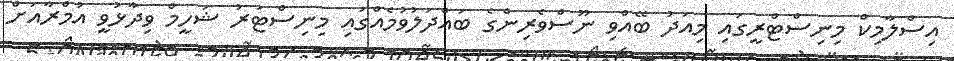
އިސްލާމިކް މިނިސްޓްރީގައި މިއަދު ބޭއްވި ނޫސްވެރިންގެ ބައްދަލުވުމެއްގައި މިނިސްޓަރު ޝަހީމް ވިދާޅުވީ އުމްރާއަށް